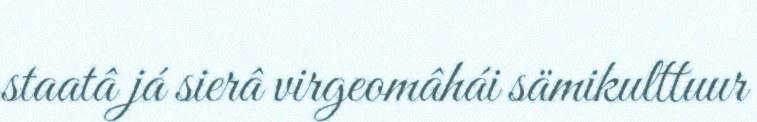
staatâ já sierâ virgeomâhái sämikulttuur